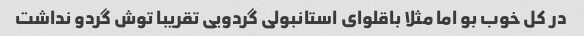
در کل خوب بو اما مثلا باقلوای استانبولی گردویی تقریبا توش گردو نداشت